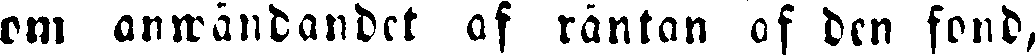
om anwändandet af räntan af den fond,